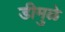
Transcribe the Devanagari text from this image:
डीमुळे